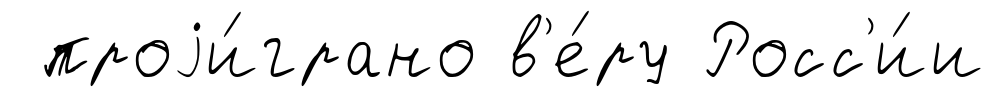
проjи́грано в'е́ру Росс'и́и